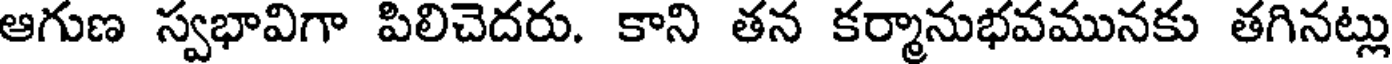
ఆగుణ స్వభావిగా పిలిచెదరు. కాని తన కర్మానుభవమునకు తగినట్లు